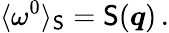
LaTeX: \langle\omega^{0}\rangle_{\mathsf{S}}=\mathsf{S}(\boldsymbol{q})\, .